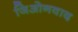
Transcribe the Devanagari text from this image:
जिओनवाद